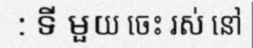
: ទី មួយ ចេះ រស់ នៅ